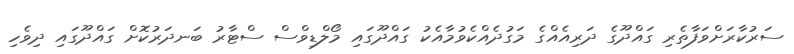
ސަރުކާރަށްވަފާތެރި ގައްދޫގެ ދަރިއެއްގެ މަގުދެއްކެވުމާއެކު ގައްދޫގައި މޯލްޑިވްސް ސްޓާރު ބަނދަރުކޮށް ގައްދޫގައި ދިވެހި